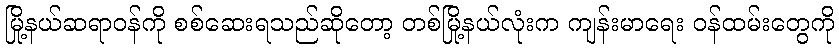
မြို့နယ်ဆရာဝန်ကို စစ်ဆေးရသည်ဆိုတော့ တစ်မြို့နယ်လုံးက ကျန်းမာရေး ဝန်ထမ်းတွေကို